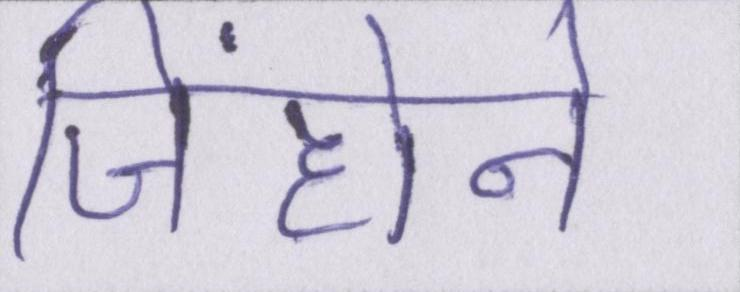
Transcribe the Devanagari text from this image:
जिंहोने